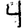
Digit: 4